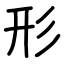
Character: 形